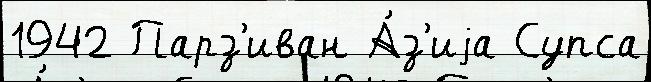
1942 Парз'иван А́з'иjа Супса